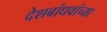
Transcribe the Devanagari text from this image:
देशबांधवांच्या